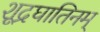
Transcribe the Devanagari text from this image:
शूद्रघातिनम्